Subject: econ
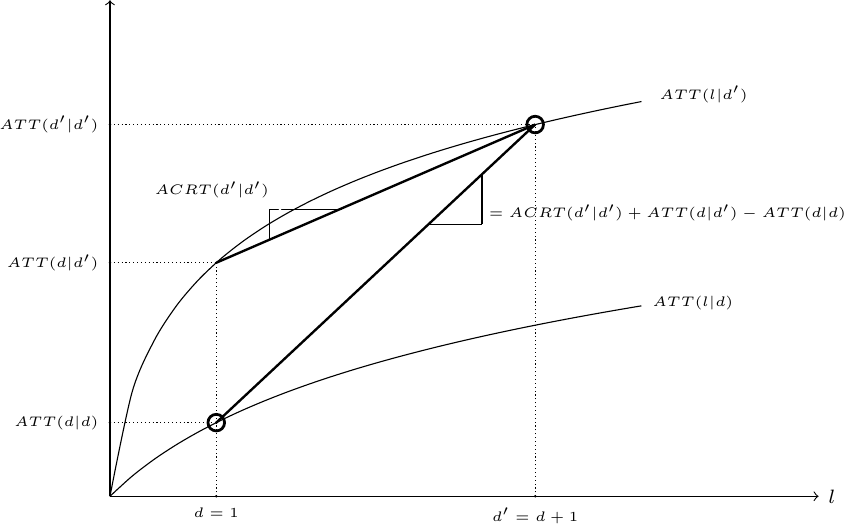
LaTeX code:
\begin{tikzpicture}[scale=.9]
  \draw[->] (0, 0) -- (10, 0) node[right] {\scriptsize $l$};
  \draw[->] (0, 0) -- (0, 7);
  \node[circle,inner sep=0pt,fill=black,label=left:{\tiny $ATT(d'|d')$}] at (0,3.497*1.5) {};
  \node[circle,inner sep=0pt,fill=black,label=left:{\tiny $ATT(d|d')$}] at (0,2.197*1.5) {};
  \node[circle,inner sep=0pt,fill=black,label=left:{\tiny $ATT(d|d)$}] at (0,0.693*1.5) {};
  \node[circle,inner sep=0pt,fill=black,label=below:{\tiny $d'=d+1$}] at (4*1.5,0) {};
  \node[circle,inner sep=0pt,fill=black,label=below:{\tiny $d=1$}] at (1*1.5,0) {};

  \draw[scale=1.5, domain=0:5, smooth, variable=\d, black] plot ({\d}, {ln(1+\d)});
  \draw[scale=1.5, domain=0:5, smooth, variable=\d, black] plot ({\d}, {ln(1+8*\d)});
   \node[circle,inner sep=0pt,fill=white,label=below right:{\tiny $ATT(l|d)$}] at (5*1.5,1.7*1.75) {};
   \node[circle,inner sep=0pt,label=below right:{\tiny $ATT(l|d')$}] at (4*1.9,4.1*1.45) {};

  \draw[line width=.3mm] (1*1.5,2.197*1.5) -- (4*1.5,3.497*1.5);
    \draw (1.5*1.5, 2.41*1.5) -- (1.5*1.5,2.7*1.5);
    \draw (2.18*1.5, 2.7*1.5) -- (1.5*1.5,2.7*1.5);
    \node[circle,inner sep=0pt,fill=white,label=above left:{\tiny  $ACRT(d'|d')$}]  at (1.5*1.6,2.7*1.5) {};

    \draw[line width=.3mm] (1*1.5, 0.693*1.5)-- (4*1.5,3.497*1.5);
  \draw (3*1.5, 2.56*1.5) -- (3.5*1.5,2.56*1.5);
  \draw (3.5*1.5, 2.56*1.5) -- (3.5*1.5,3.027*1.5);
   \node[circle,draw,line width=1pt,inner sep=0pt,minimum size=6pt,label=below right:{}] at (4*1.5,3.497*1.5) {};
    \node[circle,draw,line width=1pt,inner sep=0pt,minimum size=6pt,label=below right:{}] at (1*1.5,0.693*1.5) {};
\node[circle,inner sep=0pt,fill=white,label=right:{ \tiny \begin{tabular}{l c} $=ACRT(d'|d')+ ATT(d|d') -ATT(d|d)$ \end{tabular}}]  at (1.5*3.3,2.66*1.5) {};

   \draw[densely dotted] (4*1.5,0) -- (4*1.5,3.497*1.5);
   \draw[densely dotted] (0,1.5*3.497) -- (4*1.5,3.497*1.5);
   \draw[densely dotted] (1*1.5,0) -- (1*1.5,0.693*1.5);
   \draw[densely dotted] (0,0.693*1.5) -- (1*1.5,0.693*1.5);

   \draw[densely dotted] (1*1.5, 0.693*1.5)-- (1*1.5,2.197*1.5);
   \draw[densely dotted] (0, 2.197*1.5)-- (1*1.5,2.197*1.5);

\end{tikzpicture}